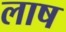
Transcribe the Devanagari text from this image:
लाष